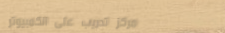
مركز تدريب على الكمبيوتر